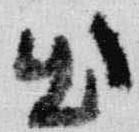
出